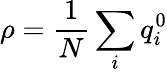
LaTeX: \rho=\frac{1}{N}\sum_{i}q_{i}^{0}